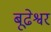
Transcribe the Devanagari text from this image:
बूढेश्वर